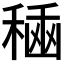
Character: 𮃘